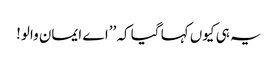
یہ ہی کیوں کہا گیا کہ ’’اے ایمان والو!